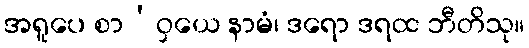
အရူပေ စာ’ဝှယေ နာမံ၊ ဒရော ဒရထ ဘီတိသု။